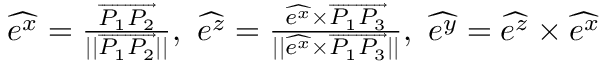
\begin{array} { r } { \widehat { e ^ { x } } = \frac { \overrightarrow { P _ { 1 } P _ { 2 } } } { \vert \vert \overrightarrow { P _ { 1 } P _ { 2 } } \vert \vert } , \ \widehat { e ^ { z } } = \frac { \widehat { e ^ { x } } \times \overrightarrow { P _ { 1 } P _ { 3 } } } { \vert \vert \widehat { e ^ { x } } \times \overrightarrow { P _ { 1 } P _ { 3 } } \vert \vert } , \ \widehat { e ^ { y } } = \widehat { e ^ { z } } \times \widehat { e ^ { x } } } \end{array}